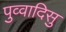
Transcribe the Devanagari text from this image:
पुव्वादिसु